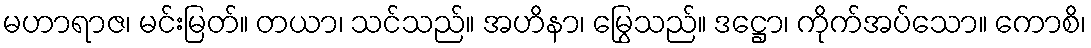
မဟာရာဇ၊ မင်းမြတ်။ တယာ၊ သင်သည်။ အဟိနာ၊ မြွေသည်။ ဒဋ္ဌော၊ ကိုက်အပ်သော။ ကောစိ၊